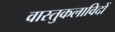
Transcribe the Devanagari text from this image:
वास्तुकलाविदों